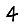
Digit: 4